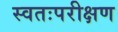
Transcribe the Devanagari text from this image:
स्वतःपरीक्षण